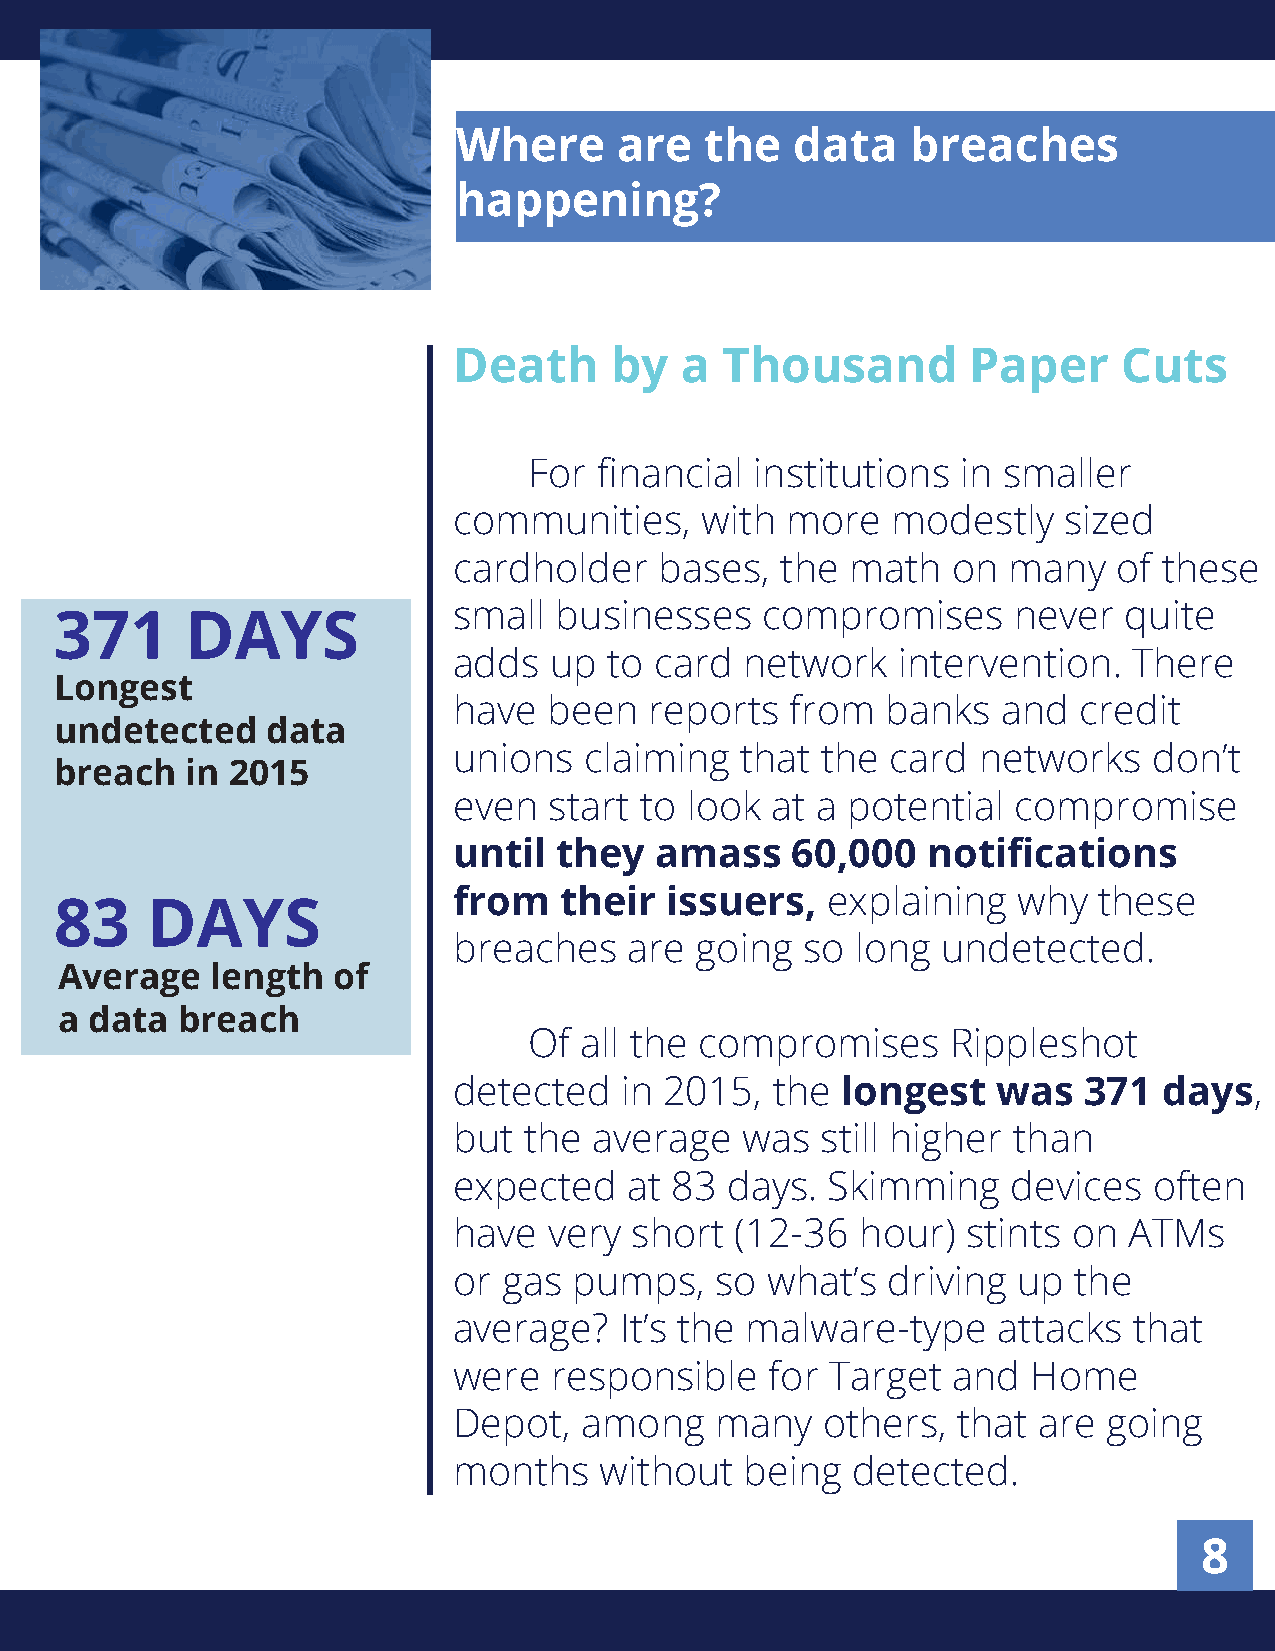
Where      are   the   data   breaches
 happening?
 Death     by   a  Thousand        Paper     Cuts
 For  financial institutions  in smaller
 communities,    with  more   modestly   sized
 cardholder    bases,  the math   on  many   of these
 small  businesses   compromises      never  quite
 371     DAYS
 adds  up  to card  network   intervention.   There
 Longest
 have  been   reports  from   banks  and  credit
 undetected    data
 unions   claiming  that the  card  networks   don’t
 breach  in 2015
 even  start to look  at a potential  compromise
 until  they  amass    60,000   notifications
 from   their  issuers,   explaining  why   these
 83    DAYS
 breaches    are going  so  long undetected.
 Average   length  of
 a data  breach
 Of all the compromises      Rippleshot
 detected   in 2015,  the  longest   was   371  days,
 but  the average   was  still higher than
 expected    at 83 days.  Skimming    devices  often
 have  very  short  (12-36  hour)  stints on  ATMs
 or gas  pumps,   so  what’s  driving up  the
 average?   It’s the malware-type    attacks  that
 were  responsible    for Target  and  Home
 Depot,   among   many   others,  that  are going
 months    without  being  detected.
 8